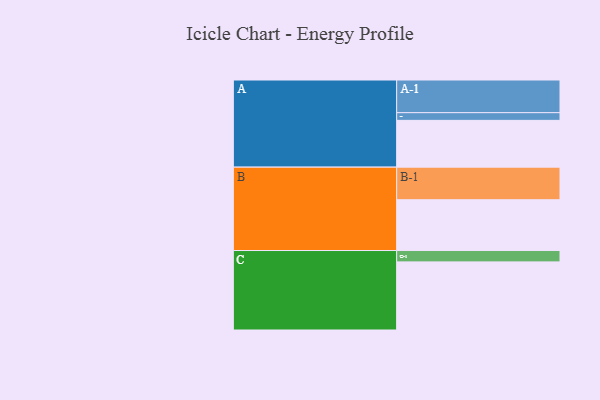
{"axis": {"x": "Segment", "y": "Value"}, "legend": ["", "A", "B", "C"], "data": [{"x": "A", "y": 408, "type": ""}, {"x": "B", "y": 443, "type": ""}, {"x": "C", "y": 594, "type": ""}, {"x": "A-1", "y": 285, "type": "A"}, {"x": "A-2", "y": 67, "type": "A"}, {"x": "B-1", "y": 284, "type": "B"}, {"x": "C-1", "y": 99, "type": "C"}]}